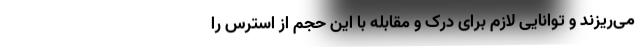
می‌ریزند و توانایی لازم برای درک و مقابله با این حجم از استرس را